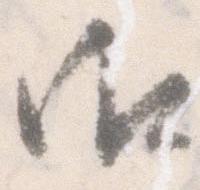
御